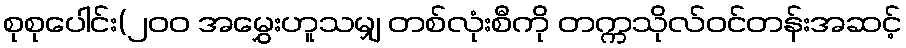
စုစုပေါင်း(၂၀၀ အမွှေးဟူသမျှ တစ်လုံးစီကို တက္ကသိုလ်ဝင်တန်းအဆင့်